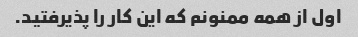
اول از همه ممنونم که این کار را پذیرفتید.